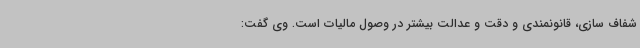
شفاف سازی، قانونمندی و دقت و عدالت بیشتر در وصول مالیات است. وی گفت: